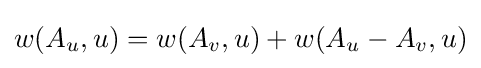
w(A_{u},u)=w(A_{v},u)+w(A_{u}-A_{v},u)